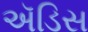
ઍડિસ